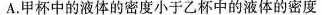
A.甲杯中的液体的密度小于乙杯中的液体的密度